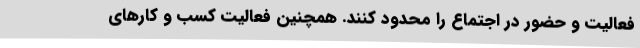
فعالیت و حضور در اجتماع را محدود کنند. همچنین فعالیت کسب و کارهای